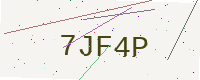
Text: 7JF4P